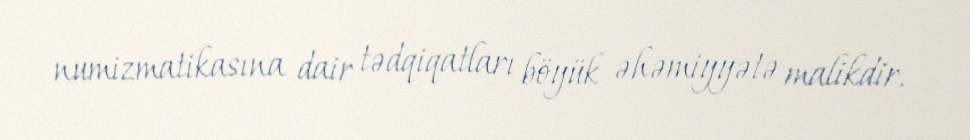
numizmatikasına dair tədqiqatları böyük əhəmiyyətə malikdir.